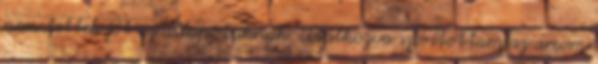
nem tettek jót az állapotuknak. Utálkozva szorítottam az arcom